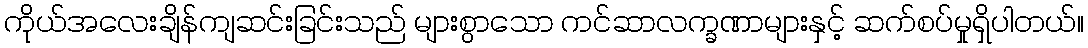
ကိုယ်အလေးချိန်ကျဆင်းခြင်းသည် များစွာသော ကင်ဆာလက္ခဏာများနှင့် ဆက်စပ်မှုရှိပါတယ်။